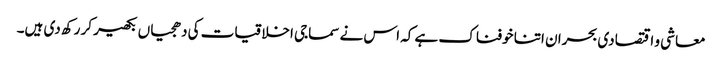
معاشی و اقتصادی بحران اتنا خوفناک ہے کہ اس نے سماجی اخلاقیات کی دھجیاں بکھیر کر رکھ دی ہیں۔